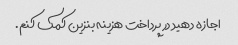
اجازه دهید در پرداخت هزینه بنزین کمک کنم.